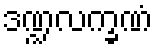
ဒဏ္ဍလက္ခဏံ